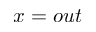
x = o u t